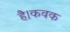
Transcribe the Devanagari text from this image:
है।कवक